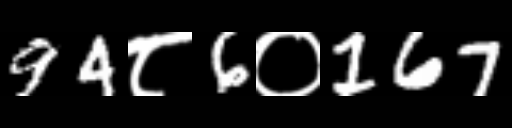
Text: 94८6०167